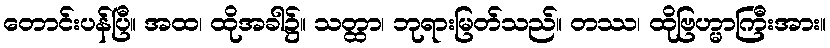
တောင်းပန်ပြီ။ အထ၊ ထိုအခါ၌။ သတ္ထာ၊ ဘုရားမြတ်သည်။ တဿ၊ ထိုဗြဟ္မာကြီးအား။